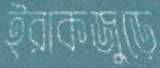
ইরাকজুড়ে